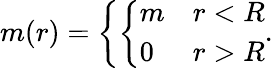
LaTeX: m(r)=\left\{ \left\{ \begin{array}{ll}{{m}}&{{r<R}}\\ {{0}}&{{r>R}}\end{array}\right.\right..